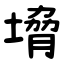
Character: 㙝